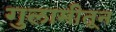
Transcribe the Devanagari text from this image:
गुलामीतून